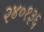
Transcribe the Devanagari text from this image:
२४०१३६